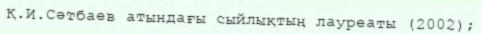
Қ.И.Сәтбаев атындағы сыйлықтың лауреаты (2002);